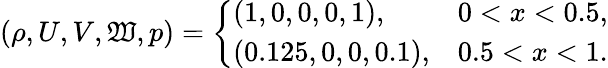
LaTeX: (\rho,U,V,\mathfrak{W},p)=\left\{ \begin{array}{ll}{(1,0,0,0,1),}&{0<x<0.5,}\\ {(0.125,0,0,0.1),}&{0.5<x<1.}\end{array}\right.